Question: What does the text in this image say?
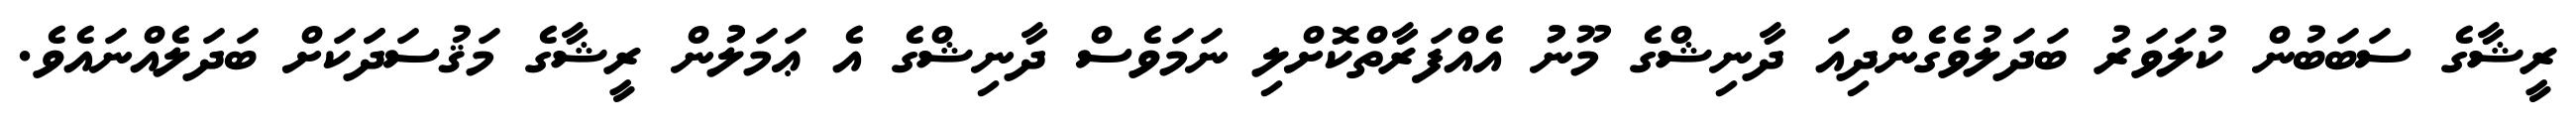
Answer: ރީޝާގެ ސަބަބުން ކުލަވަރު ބަދަލުވެގެންދިއަ ދާނިޝްގެ މޫނުު އެއްފަރާތްކޮށްލި ނަމަވެސް ދާނިޝްގެ އެ ޢަމަލުުން ރީޝާގެ މަޤުސަދަަކަށް ބަދަލެއްނައެވެ.